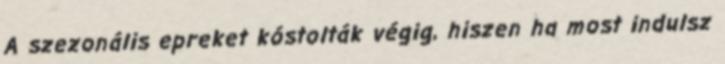
A szezonális epreket kóstolták végig, hiszen ha most indulsz